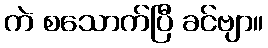
ကဲ စသောက်ပြီ ခင်ဗျာ။